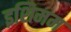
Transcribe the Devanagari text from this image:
इशिमम